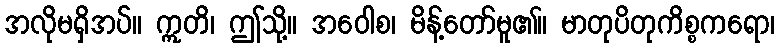
အလိုမရှိအပ်။ ဣတိ၊ ဤသို့။ အဝေါစ၊ မိန့်တော်မူ၏။ မာတုပိတုကိစ္စကရော၊